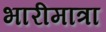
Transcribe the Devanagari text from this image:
भारीमात्रा